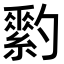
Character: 𦆗